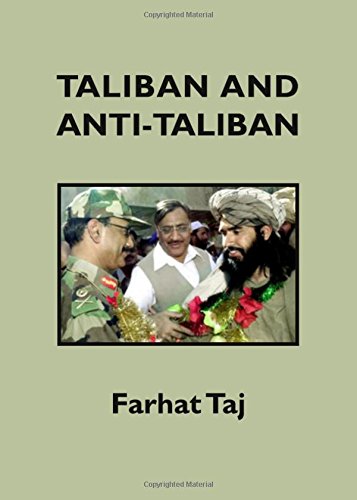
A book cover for Taliban and Anti-Taliban; Farhat Taj; History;